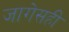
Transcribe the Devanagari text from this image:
जागेसही